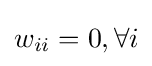
w_{ii}=0,\forall i